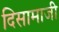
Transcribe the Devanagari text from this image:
दिसामाजी